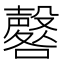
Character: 𱕞